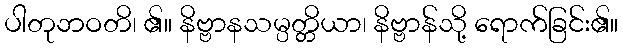
ပါတုဘဝတိ၊ ၏။ နိဗ္ဗာနသမ္ပတ္တိယာ၊ နိဗ္ဗာန်သို့ ရောက်ခြင်း၏။